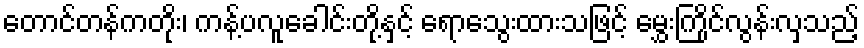
တောင်တန်ကတိုး၊ ကန့်ပလူခေါင်းတို့နှင့် ရောသွေးထားသဖြင့် မွှေးကြိုင်လွန်းလှသည့်